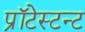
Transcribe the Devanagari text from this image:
प्रॉटेस्टन्ट